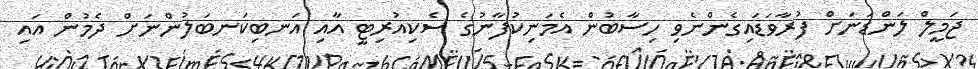
ޖަމީލް ލަންޑަނަށް ފުރާވަޑައިގެންނެވި ހިސާބުން އެމަނިކުފާނުގެ ސެކިއުރިޓީ އާއި އަނބިކަނބަލުންނަށް ދެމުން އައި